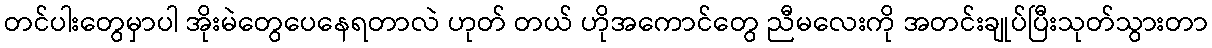
တင်ပါးတွေမှာပါ အိုးမဲတွေပေနေရတာလဲ ဟုတ် တယ် ဟိုအကောင်တွေ ညီမလေးကို အတင်းချုပ်ပြီးသုတ်သွားတာ